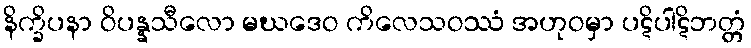
နိက္ခိပနာ ဝိပန္နသီလော မဃဒေဝ ကိလေသဝဿံ အဟုဝမှာ ပဋိပါဋိဘတ္တံ